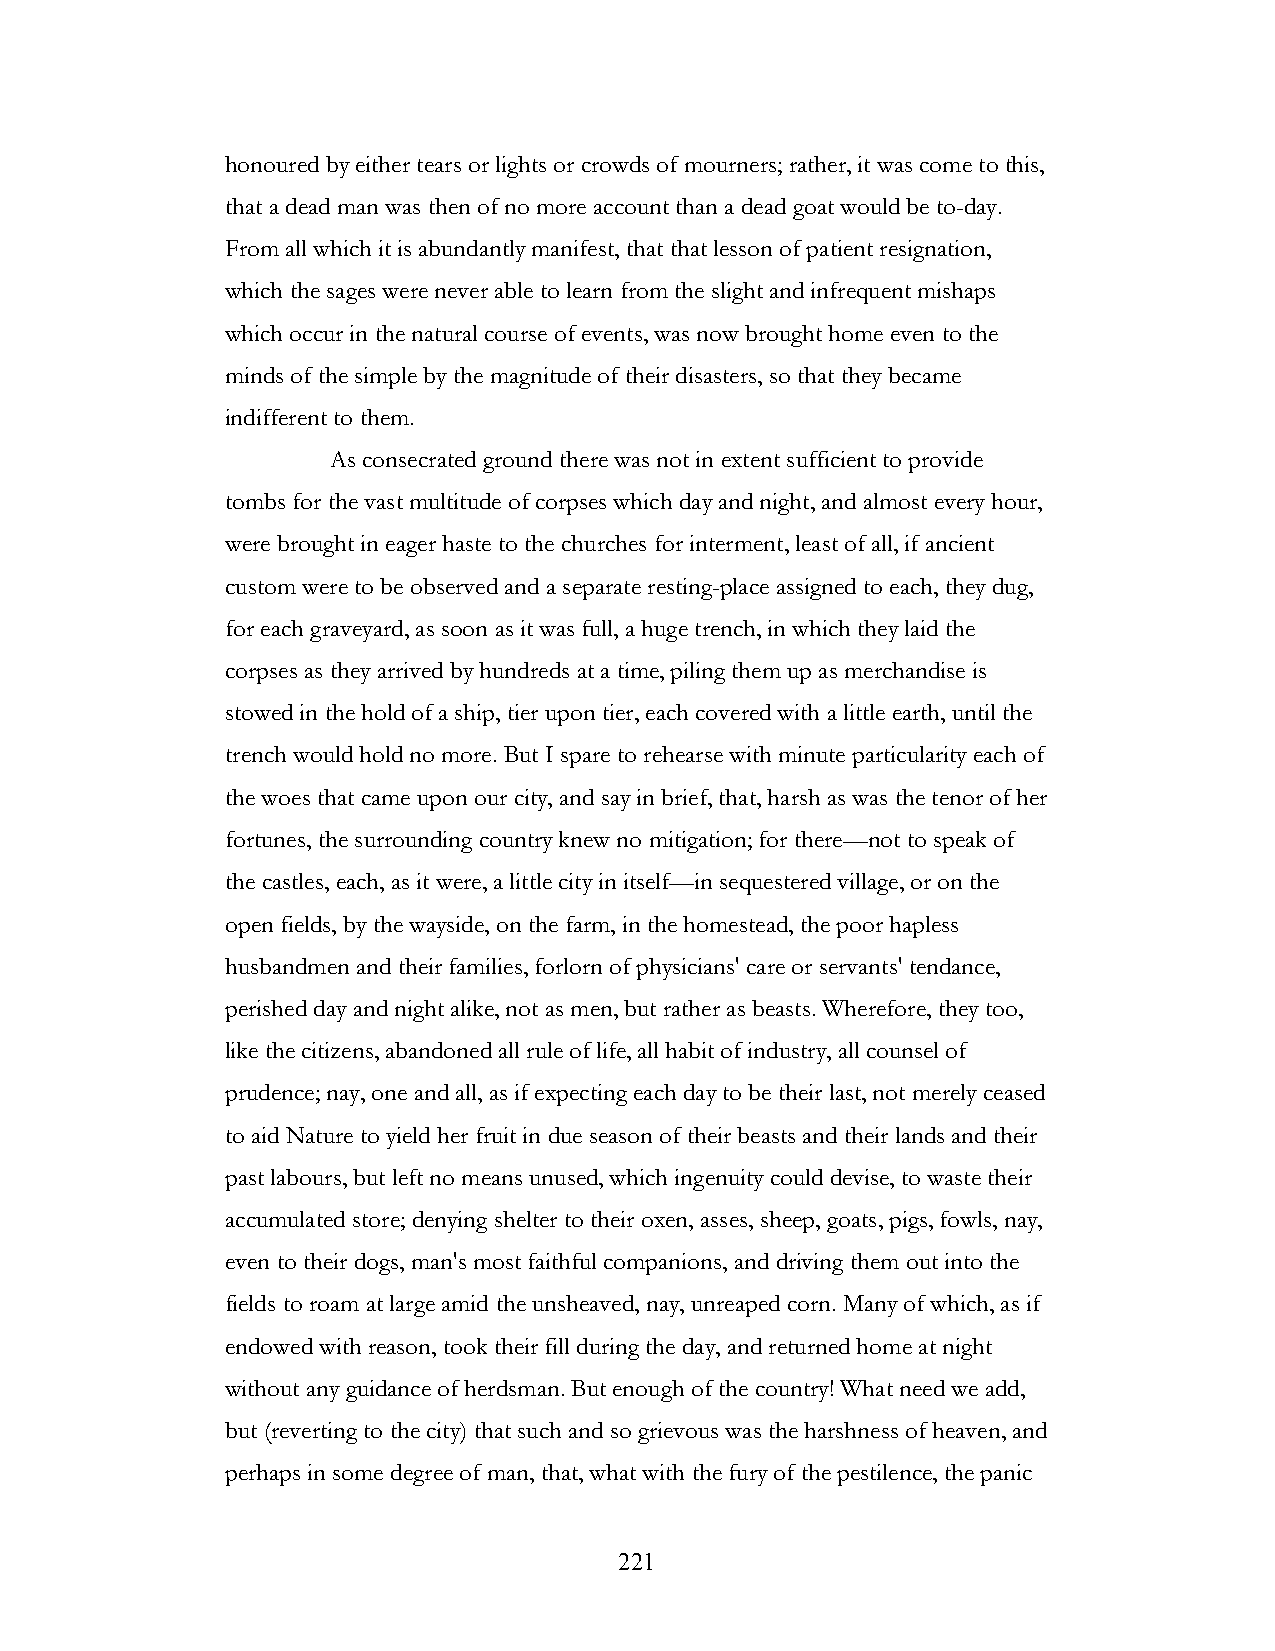
honoured by either tears or lights or crowds of mourners; rather, it was come to this,
 that a dead man was then of no more account than a dead goat would be to-day.
 From all which it is abundantly manifest, that that lesson of patient resignation,
 which the sages were never able to learn from the slight and infrequent mishaps
 which occur in the natural course of events, was now brought home even to the
 minds of the simple by the magnitude of their disasters, so that they became
 indifferent to them.
 As consecrated ground there was not in extent sufficient to provide
 tombs for the vast multitude of corpses which day and night, and almost every hour,
 were brought in eager haste to the churches for interment, least of all, if ancient
 custom were to be observed and a separate resting-place assigned to each, they dug,
 for each graveyard, as soon as it was full, a huge trench, in which they laid the
 corpses as they arrived by hundreds at a time, piling them up as merchandise is
 stowed in the hold of a ship, tier upon tier, each covered with a little earth, until the
 trench would hold no more. But I spare to rehearse with minute particularity each of
 the woes that came upon our city, and say in brief, that, harsh as was the tenor of her
 fortunes, the surrounding country knew no mitigation; for there—not to speak of
 the castles, each, as it were, a little city in itself—in sequestered village, or on the
 open fields, by the wayside, on the farm, in the homestead, the poor hapless
 husbandmen and their families, forlorn of physicians' care or servants' tendance,
 perished day and night alike, not as men, but rather as beasts. Wherefore, they too,
 like the citizens, abandoned all rule of life, all habit of industry, all counsel of
 prudence; nay, one and all, as if expecting each day to be their last, not merely ceased
 to aid Nature to yield her fruit in due season of their beasts and their lands and their
 past labours, but left no means unused, which ingenuity could devise, to waste their
 accumulated store; denying shelter to their oxen, asses, sheep, goats, pigs, fowls, nay,
 even to their dogs, man's most faithful companions, and driving them out into the
 fields to roam at large amid the unsheaved, nay, unreaped corn. Many of which, as if
 endowed with reason, took their fill during the day, and returned home at night
 without any guidance of herdsman. But enough of the country! What need we add,
 but (reverting to the city) that such and so grievous was the harshness of heaven, and
 perhaps in some degree of man, that, what with the fury of the pestilence, the panic
 !                         221